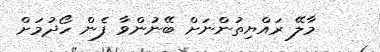
މާލޭ ރައްޔިތުންނަށް ބޭނުންވާ ފެން ހޯދުމަށް